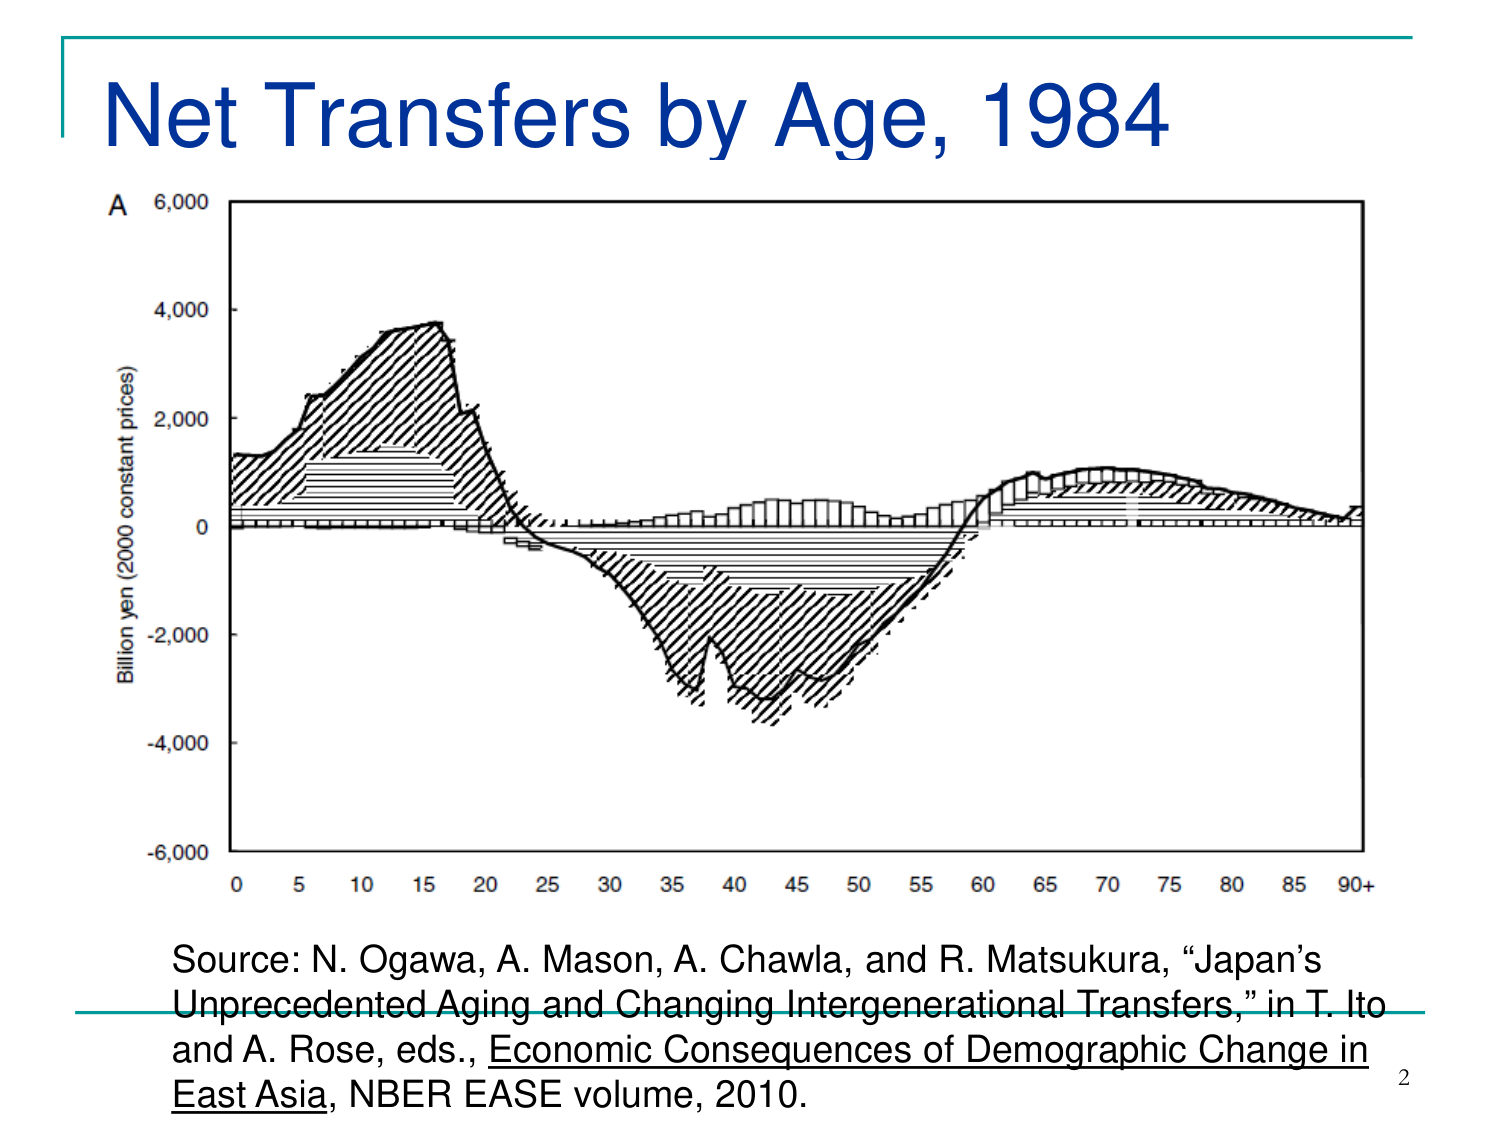
Net Transfers by Age, 1984

A
6,000
4,000
Billion yen (2000 constant prices)
2,000
0
-2,000
-4,000
-6,000
0   5   10   15   20   25   30   35   40   45   50   55   60   65   70   75   80   85   90+

Source: N. Ogawa, A. Mason, A. Chawla, and R. Matsukura, “Japan’s Unprecedented Aging and Changing Intergenerational Transfers,” in T. Ito and A. Rose, eds., Economic Consequences of Demographic Change in East Asia, NBER EASE volume, 2010.

2